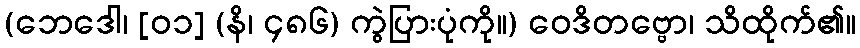
(ဘေဒေါ၊ [၀၁] (နိ၊ ၄၈၆) ကွဲပြားပုံကို။) ဝေဒိတဗ္ဗော၊ သိထိုက်၏။